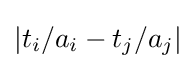
|t_{i}/a_{i}-t_{j}/a_{j}|